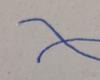
Signature authenticity: forged